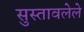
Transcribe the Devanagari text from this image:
सुस्तावलेले